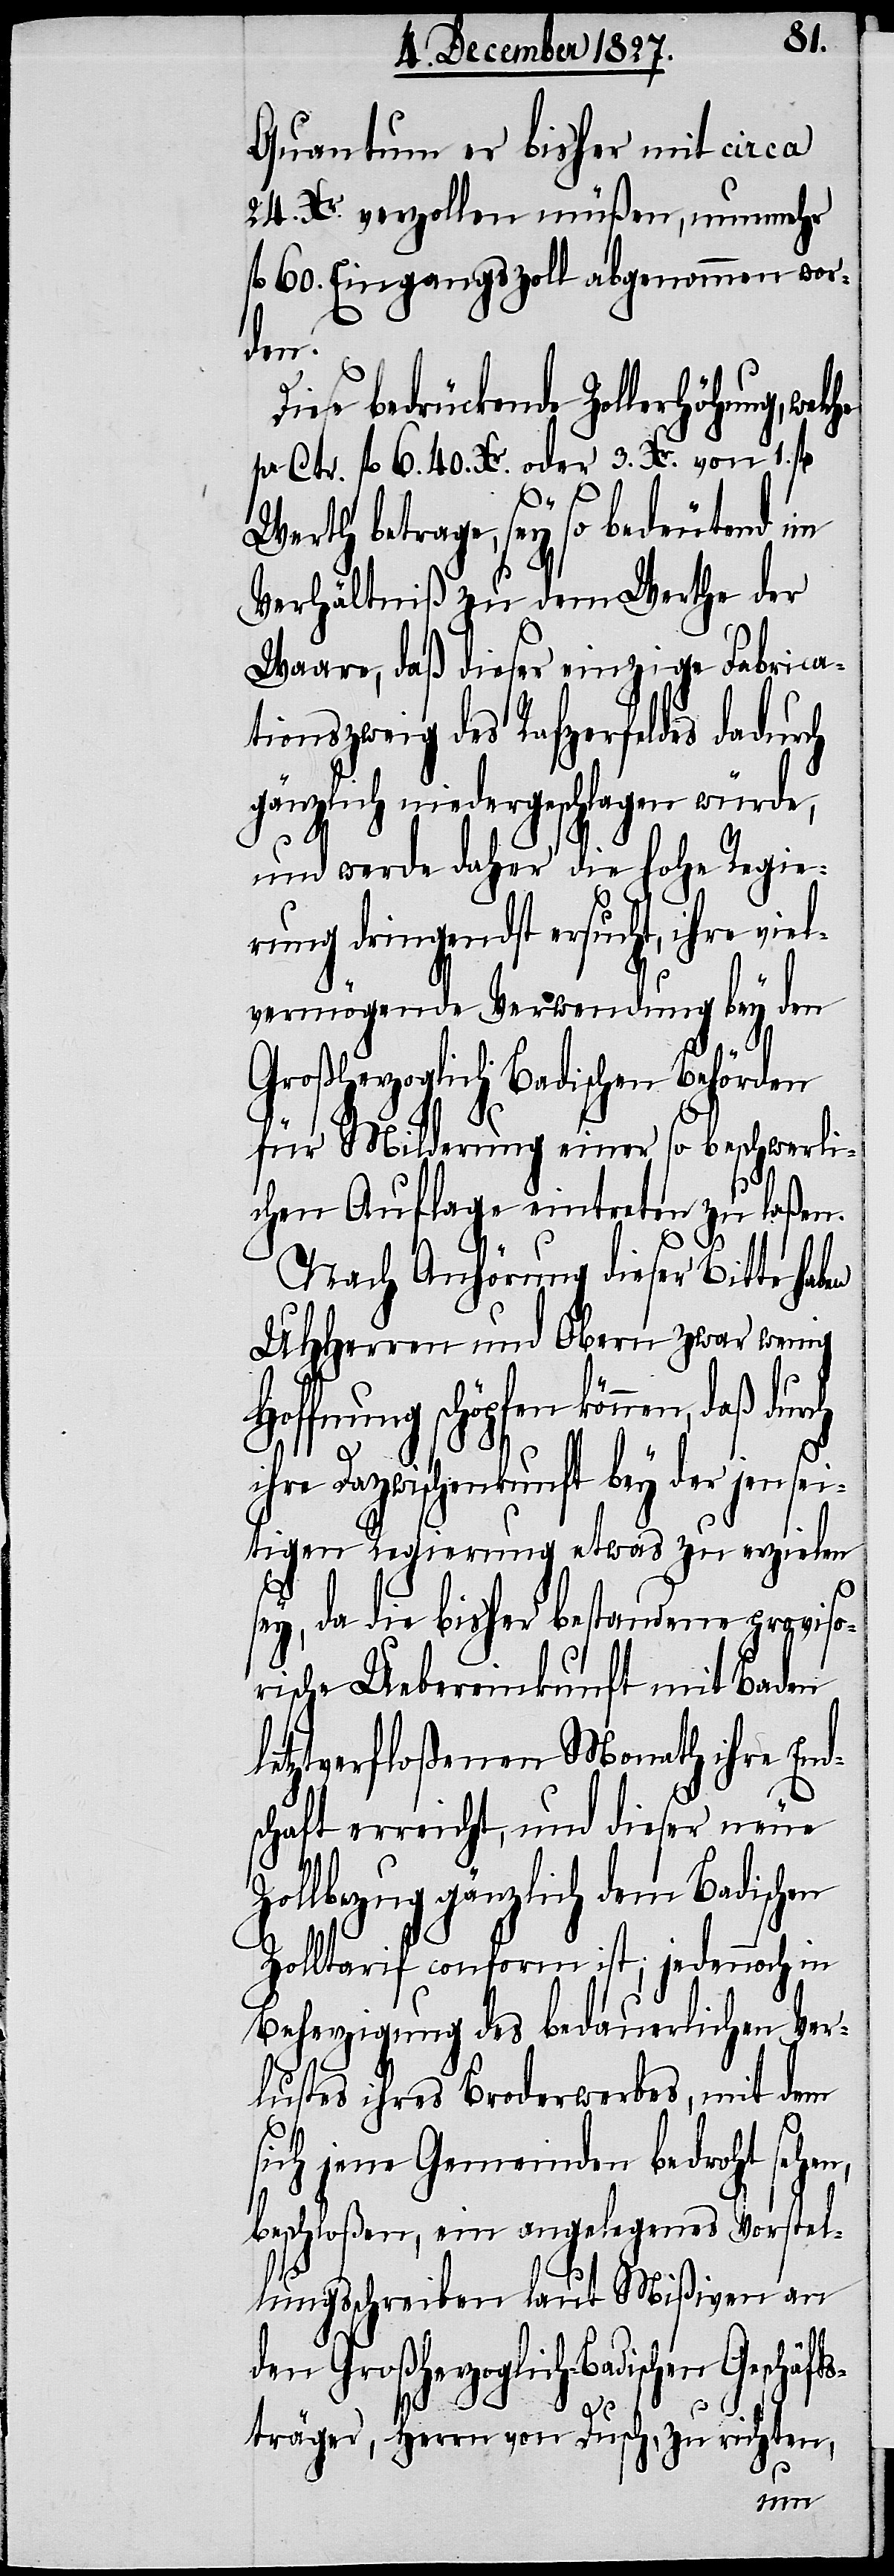
Quantum er bisher mit circa
24. Xr. verzollen müßen, nunmehr
fl. 60. Eingangszoll abgenommen wor¬
den.
Diese bedrückende Zollerhöhung,
pr. Ctr. fl. 6. 40. Xr. oder 3. Xr. von 1.
Werth betrage, sey so bedeutend im
Verhältniß zu dem Werthe der
Waare, daß dieser einzige Fabrica¬
tionszweig des Rafzerfeldes dadurch
gänzlich niedergeschlagen würde,
und werde daher die hohe Regie¬
rung dringendst ersucht, ihre
vermögende Verwendung bey den
Großherzoglich Badischen Behörden
für Milderung einer so beschwerli¬
chen Auflage eintreten zu laßen.
Nach Anhörung dieser Bitte heben
UHHerren und Obern zwar wenig
Hoffnung schöpfen können, daß
ihre Dazwischenkunft bey der jensei¬
tigen Regierung etwas zu erzielen
viel¬
sey, da die bisher bestandene proviso¬
rische Uebereinkunft mit Baden
letztverfloßenen Monath ihre End¬
schaft erreichte, und dieser neue
lbezug gänzlich dem Badischen
Zolltarif conform ist; jedennoch in
Beherzigung des bedauerlichen Ver¬
lustes ihres Broderwerbes, mit dem
sich jene Gemeinden bedroht sehen,
beschloßen, ein angelegenes Vorstel¬
lungsschreiben laut Mißiven an
den Großherzoglich-Badischen Geschäft¬
Zol¬
sträger, Herrn von Dusch, zu richten,